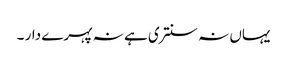
یہاں نہ سنتری ہے نہ پہرے دار ۔